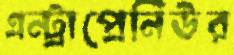
এন্ট্রাপ্রেনিউর